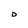
Character: D